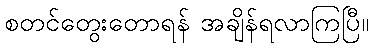
စတင်တွေးတောရန် အချိန်ရလာကြပြီ။